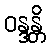
ဝန္ဒန္တိ